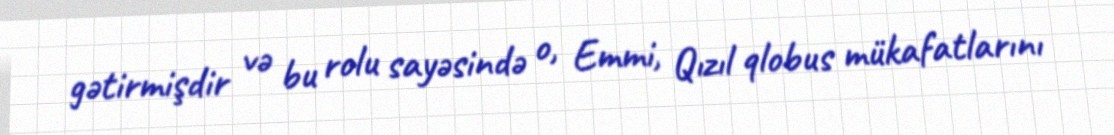
gətirmişdir və bu rolu sayəsində o, Emmi, Qızıl qlobus mükafatlarını